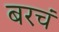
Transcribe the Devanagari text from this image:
बरचं